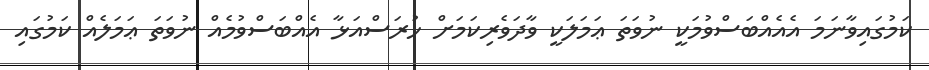
ކަމުގައިވާނަމަ އެއެއްބަސްވުމަކީ ނުވަތަ ޢަމަލަކީ ވާދަވެރިކަމަށް ހުރަސްއަޅާ އެއްބަސްވުމެއް ނުވަތަ ޢަމަލެއް ކަމުގައި